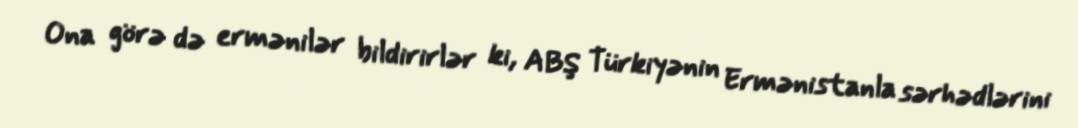
Ona görə də ermənilər bildirirlər ki, ABŞ Türkiyənin Ermənistanla sərhədlərini